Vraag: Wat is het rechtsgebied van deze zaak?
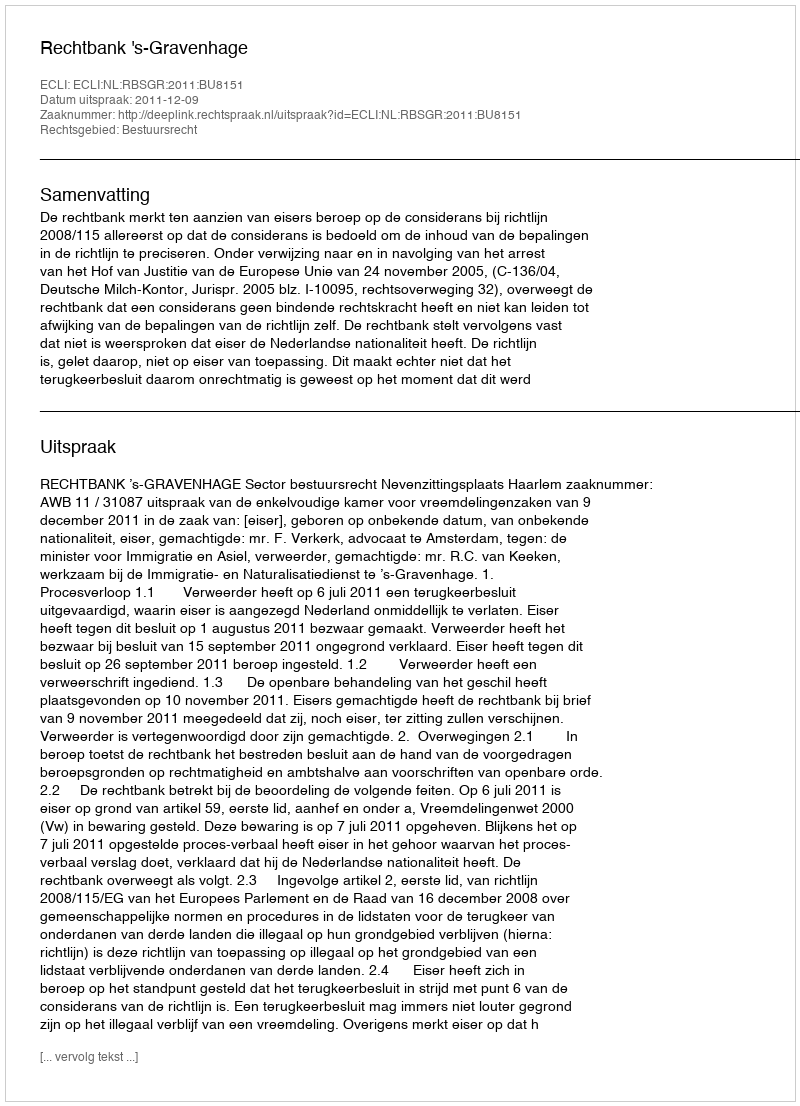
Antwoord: Bestuursrecht